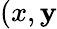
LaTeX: (x,\mathbf{y}